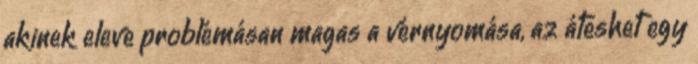
akinek eleve problémásan magas a vérnyomása, az áteshet egy